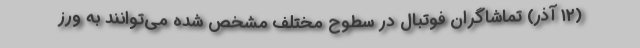
(۱۲ آذر) تماشاگران فوتبال در سطوح مختلف مشخص شده می‌توانند به ورز